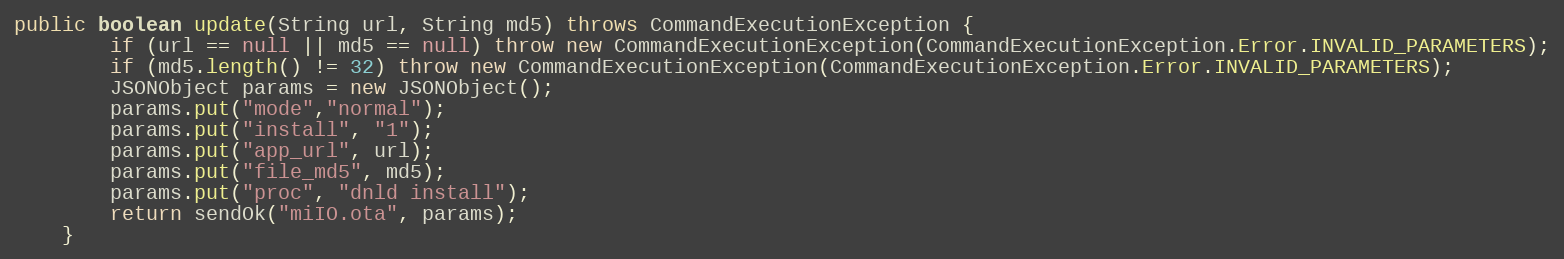
Language: Java
public boolean update(String url, String md5) throws CommandExecutionException {
        if (url == null || md5 == null) throw new CommandExecutionException(CommandExecutionException.Error.INVALID_PARAMETERS);
        if (md5.length() != 32) throw new CommandExecutionException(CommandExecutionException.Error.INVALID_PARAMETERS);
        JSONObject params = new JSONObject();
        params.put("mode","normal");
        params.put("install", "1");
        params.put("app_url", url);
        params.put("file_md5", md5);
        params.put("proc", "dnld install");
        return sendOk("miIO.ota", params);
    }